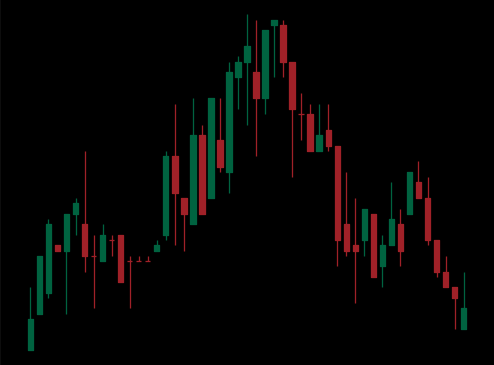
Pattern: head_shoulders